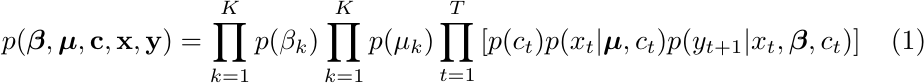
\begin{equation}
\label{factorization}
    p(\boldsymbol\beta, \boldsymbol\mu , \text{\bf{c}}, \text{\bf{x}}, \text{\bf{y}})= \prod_{k=1}^K p(\beta_k) \prod_{k=1}^K p(\mu_k) \prod_{t=1}^T \left[ p(c_t) p(x_t|\boldsymbol\mu, c_t) p(y_{t+1} | x_t, \boldsymbol\beta, c_t) \right]
\end{equation}